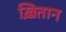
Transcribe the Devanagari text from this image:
ख़ितान